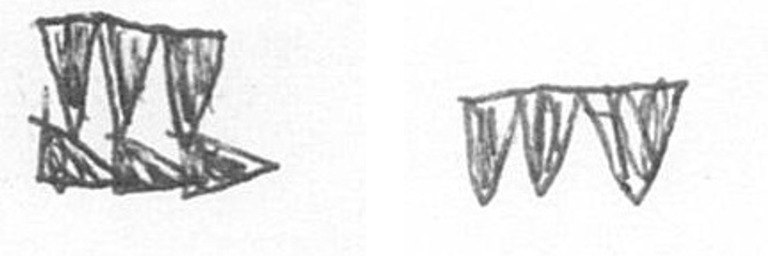
D L